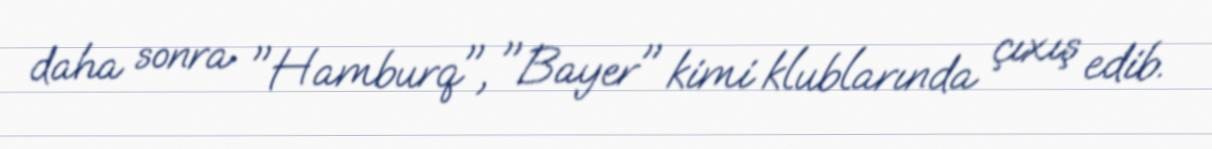
daha sonra "Hamburq", "Bayer" kimi klublarında çıxış edib.